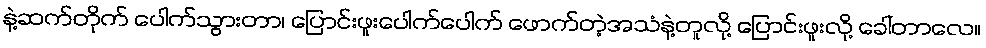
နဲ့ဆက်တိုက် ပေါက်သွားတာ၊ ပြောင်းဖူးပေါက်ပေါက် ဖောက်တဲ့အသံနဲ့တူလို့ ပြောင်းဖူးလို့ ခေါ်တာလေ။